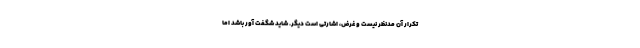
تکرار آن مدنظر نیست و غرض، اشارتی است دیگر. شاید شگفت آور باشد اما